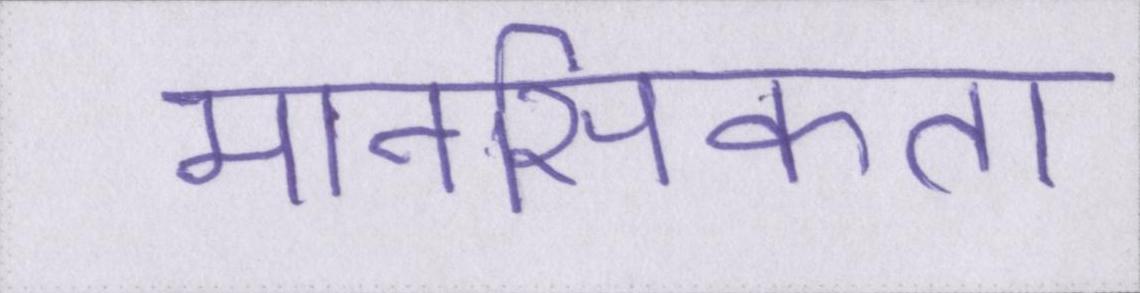
मानसिकता